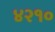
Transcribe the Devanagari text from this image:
४२१०